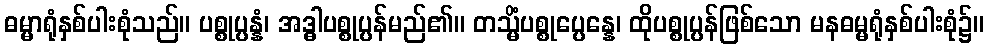
ဓမ္မာရုံနှစ်ပါးစုံသည်။ ပစ္စုပ္ပန္နံ၊ အဒ္ဓါပစ္စုပ္ပန်မည်၏။ တသ္မိံပစ္စုပ္ပေန္နေ၊ ထိုပစ္စုပ္ပန်ဖြစ်သော မနဓမ္မရုံနှစ်ပါးစုံ၌။